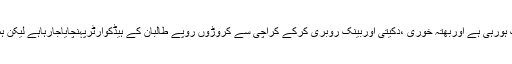
انہوں نے کہاکہ کراچی سے طالبان کی فنڈنگ ہورہی ہے اوربھتہ خوری ،دکیتی اوربینک روبری کرکے کراچی سے کروڑوں روپے طالبان کے ہیڈکوارٹرپہنچایاجارہاہے لیکن ہماری قانون نافذکرنیوالی ایجنسیاں خاموش ہیں۔